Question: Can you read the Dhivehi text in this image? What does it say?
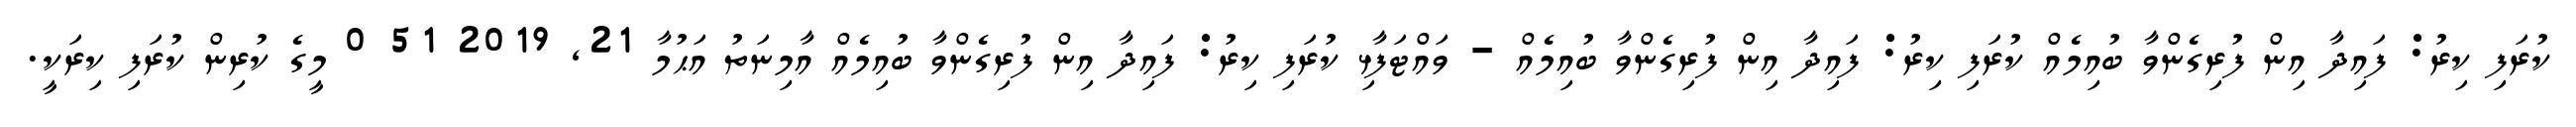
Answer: ކުރަފި ކިރު: ފައިދާ އިން ފުރިގެންވާ ބުއިމެއް ކުރަފި ކިރު: ފައިދާ އިން ފުރިގެންވާ ބުއިމެއް - ވައްޓަފާޅި ކުރަފި ކިރު: ފައިދާ އިން ފުރިގެންވާ ބުއިމެއް އާމިނަތު އަޙުމާ 21, 2019 51 0 މީގެ ކުރިން ކުރަފި ކިރަކީ.